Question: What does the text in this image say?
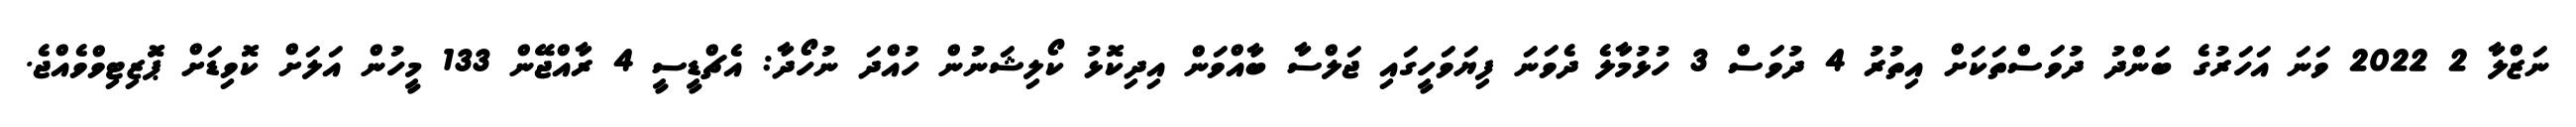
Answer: ނަޒްލާ 2 2022 ވަނަ އަހަރުގެ ބަންދު ދުވަސްތަކަށް އިތުރު 4 ދުވަސް 3 ހުޅުމާލެ ދެވަނަ ފިޔަވަހީގައި ޖަލްސާ ބާއްވަން އިދިކޮޅު ކޯލިޝަނުން ހުއްދަ ނުހޯދާ: އެޗްޑީސީ 4 ރާއްޖޭން 133 މީހުން އަލަށް ކޮވިޑަށް ޕަޮޒިޓިވްވެއްޖެ.